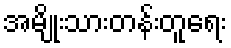
အမျိုးသားတန်းတူရေး